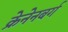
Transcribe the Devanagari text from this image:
क्रेनेनबर्ग